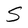
Character: S